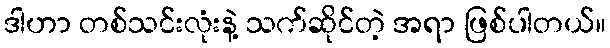
ဒါဟာ တစ်သင်းလုံးနဲ့ သက်ဆိုင်တဲ့ အရာ ဖြစ်ပါတယ်။